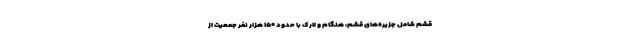
قشم شامل جزیره‌های قشم، هنگام و لارک با حدود ۱۵۰ هزار نفر جمعیت از